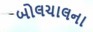
બોલચાલના